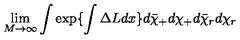
\lim _ { M \rightarrow \infty } \int \exp \{ \int \Delta L d x \} d \bar { \chi } _ { + } d \chi _ { + } d \bar { \chi } _ { r } d \chi _ { r }